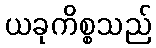
ယခုကိစ္စသည်